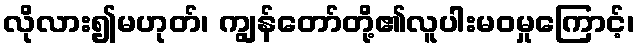
လိုလား၍မဟုတ်၊ ကျွန်တော်တို့၏လူပါးမဝမှုကြောင့်၊